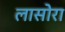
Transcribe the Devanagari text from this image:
लासोरा